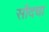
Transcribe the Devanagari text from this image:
सौदचा